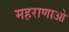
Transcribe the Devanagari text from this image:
महराणाओ